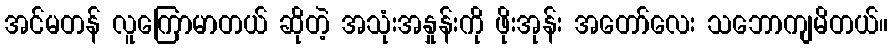
အင်မတန် လူကြောမာတယ် ဆိုတဲ့ အသုံးအနှုန်းကို ဖိုးအုန်း အတော်လေး သဘောကျမိတယ်။